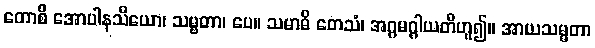
ကောစိ အောပါနသိယော၊ သမ္ဗတာ၊ ပေ။ သမာဓိ တေသံ၊ အဂ္ဂမဂ္ဂါယတီဟူ၍။ အာယသမ္မတာ